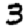
Digit: 3